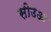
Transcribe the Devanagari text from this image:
सीउआ